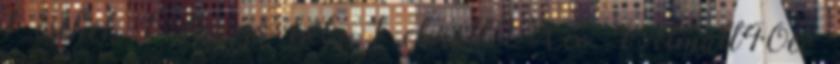
1 csehek 1 dancsó béla 1 elmúlt2Xév 4 elmúlt40év